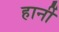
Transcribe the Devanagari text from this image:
हार्नी